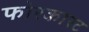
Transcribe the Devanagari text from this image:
फोरकास्ट